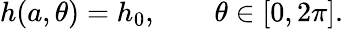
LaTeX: h(a,\theta)=h_{0},\qquad\theta\in[0,2\pi].